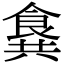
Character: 𩛛